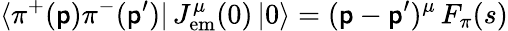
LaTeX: \langle\pi^{+}(\mathsf{p})\pi^{-}(\mathsf{p}^{\prime})|\, J_{\mathrm{{em}}}^{\mu}(0)\, |0\rangle=(\mathsf{p}-\mathsf{p}^{\prime})^{\mu}\, F_{\pi}(s)